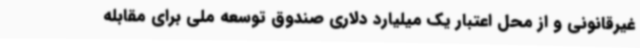
غیرقانونی و از محل اعتبار یک میلیارد دلاری صندوق توسعه ملی برای مقابله